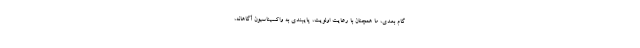
گام بعدی، ما همچنان با رعایت اولویت، پایبندی به واکسیناسیون آگاهانه،